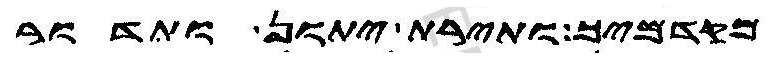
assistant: מקדמיך ותירת יתון ותדור